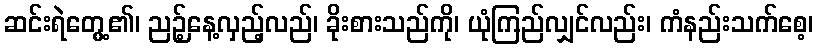
ဆင်းရဲတွေ့၏၊ ညဉ့်နေ့လှည့်လည်၊ ခိုးစားသည်ကို၊ ယုံကြည်လျှင်လည်း၊ ကံနည်းသက်စေ့၊